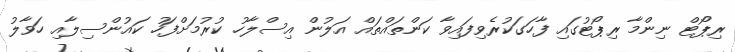
ރިޕޯޓް ނިންމާ ރިޕޯޓުގައި ފާހަގަކުރެވިފައިވާ ކަންތައްތައް އަލުން އިސްލާހު ކުރުމަށްފަހު ކައުންސިލާއި ހަވާލު